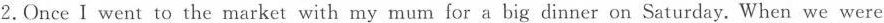
2. Once I went to the market with my mum for a big dinner on Saturday. When we were